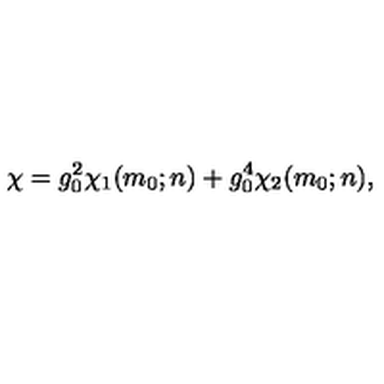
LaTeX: \chi = g _ { 0 } ^ { 2 } \chi _ { 1 } ( m _ { 0 } ; n ) + g _ { 0 } ^ { 4 } \chi _ { 2 } ( m _ { 0 } ; n ) ,